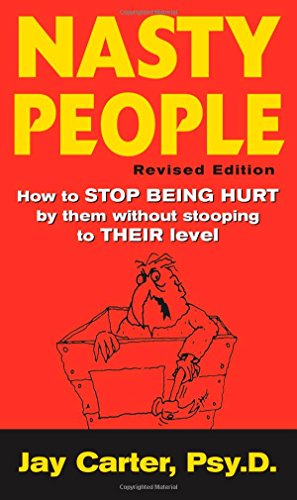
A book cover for Nasty People: How to Stop Being Hurt by Them without Stooping to Their Level; Jay Carter; Parenting & Relationships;